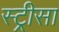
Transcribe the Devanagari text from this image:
स्ट्रीसा